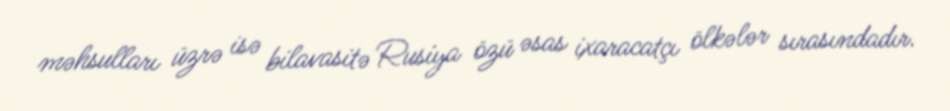
məhsulları üzrə isə bilavasitə Rusiya özü əsas ixaracatçı ölkələr sırasındadır.